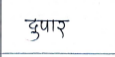
मजकूर: दुपार